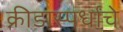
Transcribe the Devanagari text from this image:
क्रीडास्पर्धांचे